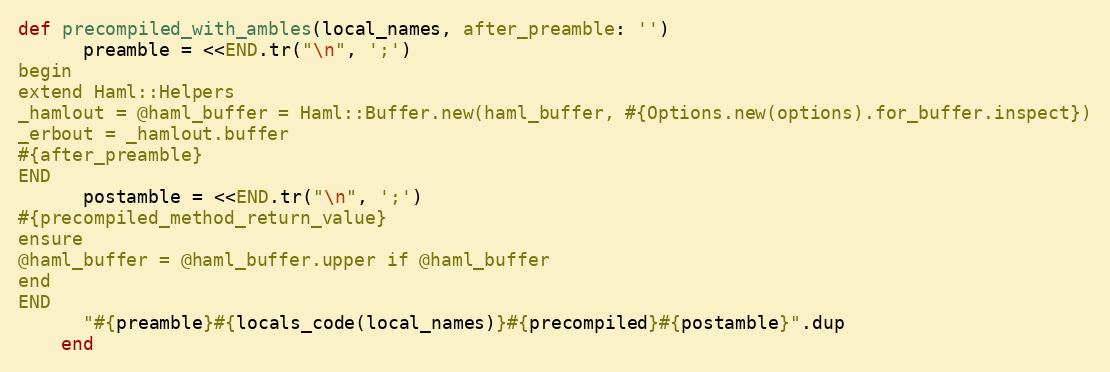
Language: Ruby
def precompiled_with_ambles(local_names, after_preamble: '')
      preamble = <<END.tr("\n", ';')
begin
extend Haml::Helpers
_hamlout = @haml_buffer = Haml::Buffer.new(haml_buffer, #{Options.new(options).for_buffer.inspect})
_erbout = _hamlout.buffer
#{after_preamble}
END
      postamble = <<END.tr("\n", ';')
#{precompiled_method_return_value}
ensure
@haml_buffer = @haml_buffer.upper if @haml_buffer
end
END
      "#{preamble}#{locals_code(local_names)}#{precompiled}#{postamble}".dup
    end